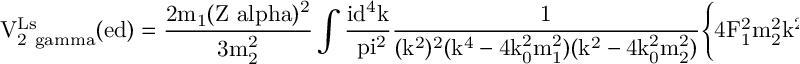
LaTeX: \mathrm { V _ { 2 \ g a m m a } ^ { L s } ( e d ) = \frac { 2 m _ { 1 } ( Z \ a l p h a ) ^ { 2 } } { 3 m _ { 2 } ^ { 2 } } \int \frac { i d ^ { 4 } k } { \ p i ^ { 2 } } \frac { 1 } { ( k ^ { 2 } ) ^ { 2 } ( k ^ { 4 } - 4 k _ { 0 } ^ { 2 } m _ { 1 } ^ { 2 } ) ( k ^ { 2 } - 4 k _ { 0 } ^ { 2 } m _ { 2 } ^ { 2 } ) } \Biggl \{ 4 F _ { 1 } ^ { 2 } m _ { 2 } ^ { 2 } k ^ { 2 } ( k ^ { 2 } - k _ { 0 } ^ { 2 } ) \times }